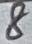
Text: 8